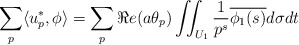
\begin{align*}\sum_p\langle u^*_p,\phi\rangle = \sum_p \Re e(a\theta_p)\iint_{U_1}\frac{1}{p^s}\overline{\phi_1(s)} d\sigma dt\end{align*}